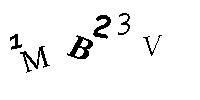
1MB23V